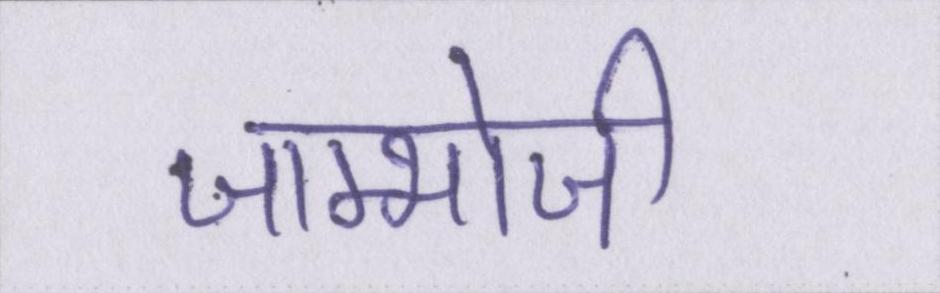
जाम्भोजी